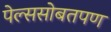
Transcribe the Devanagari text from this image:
पेल्ससोबतपण